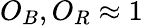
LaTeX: O_{B},O_{R}\approx 1